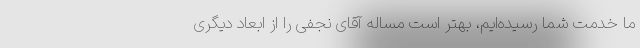
ما خدمت شما رسیده‌ایم، بهتر است مساله آقای نجفی را از ابعاد دیگری